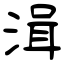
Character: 湒